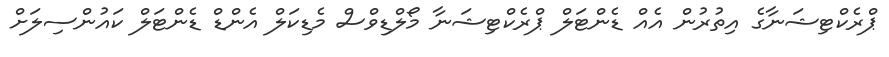
ޕްރެކްޓިޝަނާގެ އިތުރުން އެއް ޑެންޓަލް ޕްރެކްޓިޝަނާ މޯލްޑިވްސް މެޑިކަލް އެންޑް ޑެންޓަލް ކައުންސިލަށް